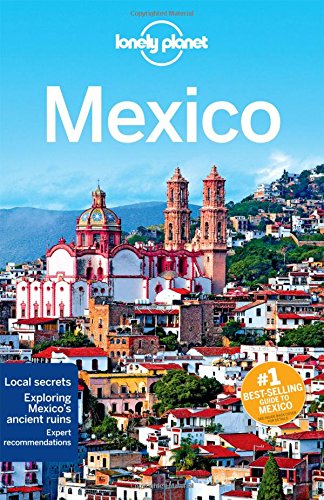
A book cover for Lonely Planet Mexico (Travel Guide); Lonely Planet; Travel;